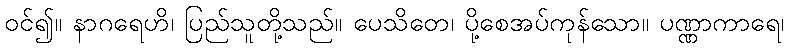
ဝင်၍။ နာဂရေဟိ၊ ပြည်သူတို့သည်။ ပေသိတေ၊ ပို့စေအပ်ကုန်သော။ ပဏ္ဏာကာရေ၊